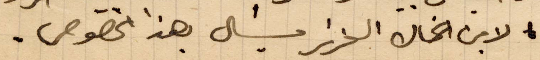
لابن الخال العزيز ميشال بهذا الخصوص.